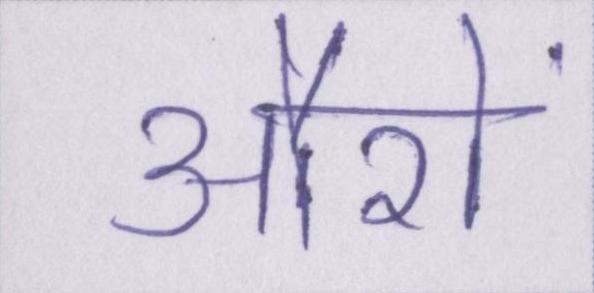
औरों